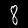
Digit: 8